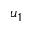
u _ { 1 }